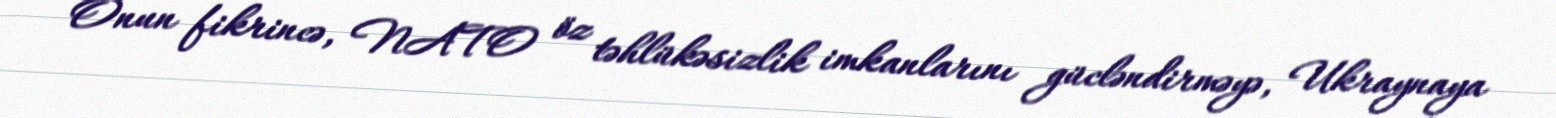
Onun fikrincə, NATO öz təhlükəsizlik imkanlarını gücləndirməyə, Ukraynaya